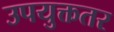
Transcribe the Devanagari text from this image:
उपयुक्ततर